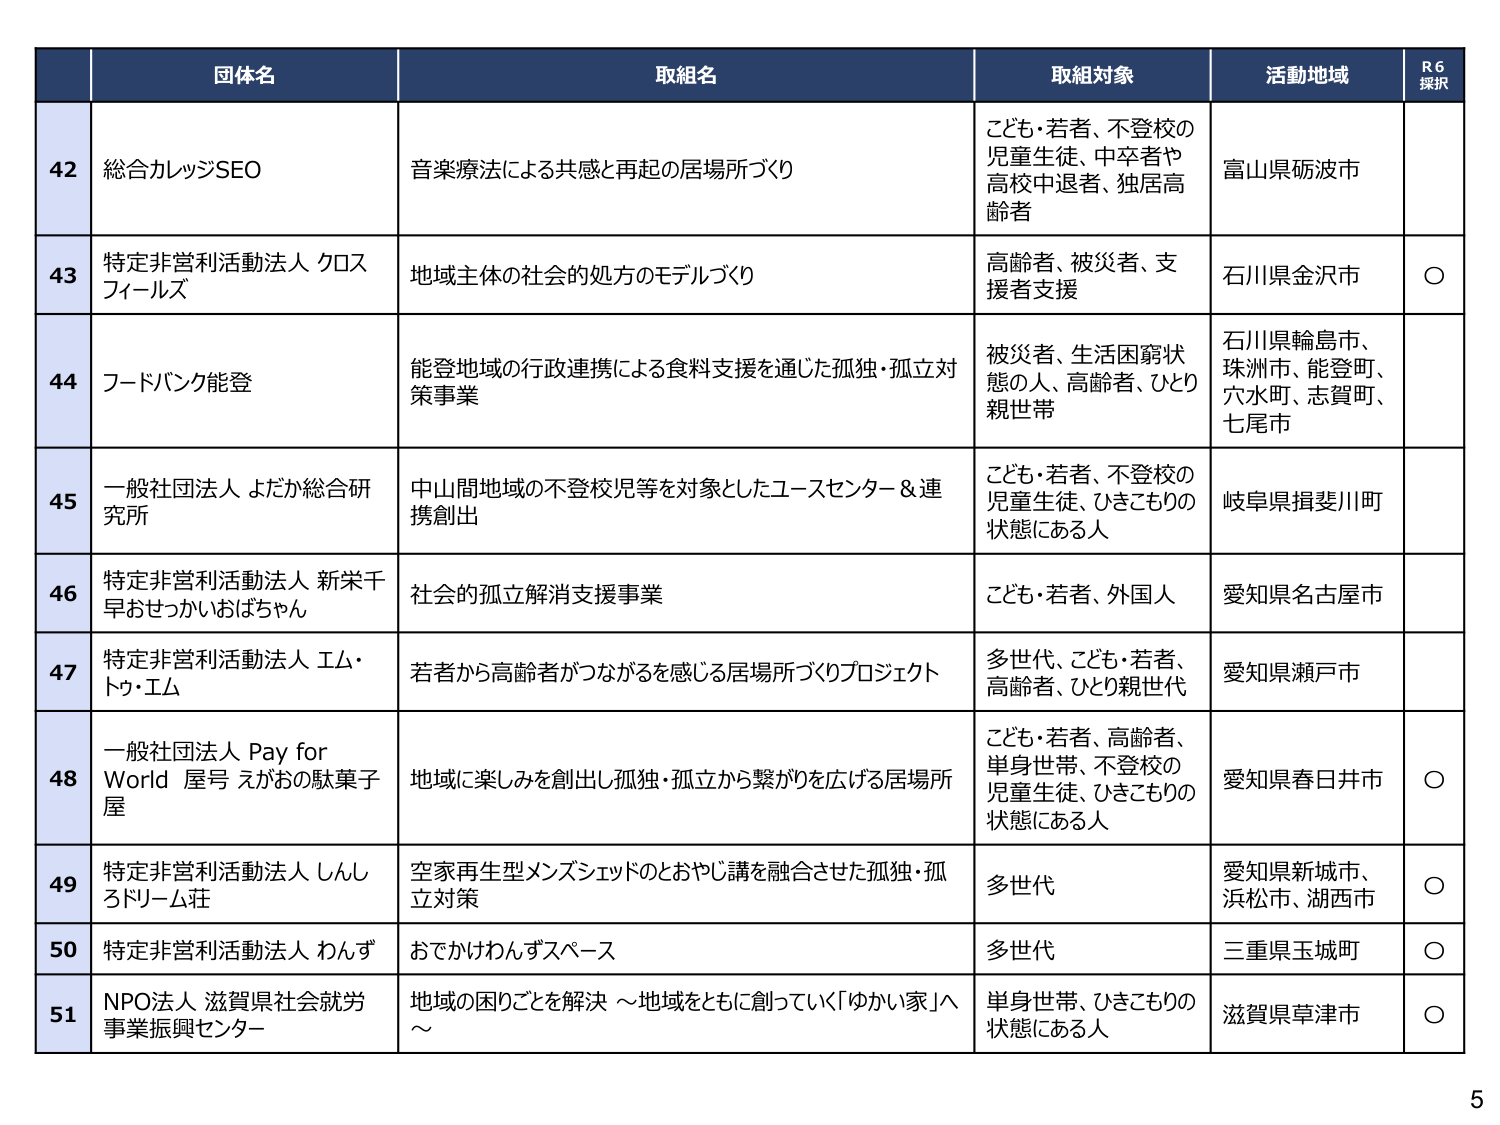
42 総合カレッジSEO 音楽療法による共感と再起の居場所づくり こども・若者、不登校の児童生徒、中卒者や高校中退者、独居高齢者 富山県砺波市

43 特定非営利活動法人 クロスフィールズ 地域主体の社会的処方のモデルづくり 高齢者、被災者、支援者支援 石川県金沢市 ○

44 フードバンク能登 能登地域の行政連携による食料支援を通じた孤独・孤立対策事業 被災者、生活困窮状態の人、高齢者、ひとり親世帯 石川県輪島市、珠洲市、能登町、六水町、志賀町、七尾市

45 一般社団法人 よだか総合研究所 中山間地域の不登校児等を対象としたユースセンター＆連携創出 こども・若者、不登校の児童生徒、ひきこもりの状態にある人 岐阜県揖斐川町

46 特定非営利活動法人 新栄千早おせっかいおばちゃん 社会的孤立解消支援事業 こども・若者、外国人 愛知県名古屋市

47 特定非営利活動法人 エム・トゥ・エム 若者から高齢者がつながるを感じる居場所づくりプロジェクト 多世代、こども・若者、高齢者、ひとり親世代 愛知県瀬戸市

48 一般社団法人 Pay for World 屋号 えがおの駄菓子屋 地域に楽しみを創出し孤独・孤立から繋がりを広げる居場所 こども・若者、高齢者、単身世帯、不登校の児童生徒、ひきこもりの状態にある人 愛知県春日井市 ○

49 特定非営利活動法人 しんしろドリーム荘 空家再生型メンズシェッドのとおやじ講を融合させた孤独・孤立対策 多世代 愛知県新城市、浜松市、湖西市 ○

50 特定非営利活動法人 わんず おでかけわんずスペース 多世代 三重県玉城町 ○

51 NPO法人 滋賀県社会就労事業振興センター 地域の困りごとを解決 ～地域をともに創っていく「ゆかい家」へ～ 単身世帯、ひきこもりの状態にある人 滋賀県草津市 ○

R6 採択

5